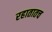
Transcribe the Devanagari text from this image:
रहातातच